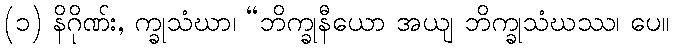
(၁) နိဂိုဏ်း, က္ခုသံဃာ၊ “ဘိက္ခုနီယော အယျ ဘိက္ခုသံဃဿ၊ ပေ။